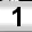
Digit: 1